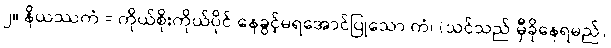
၂။ နိယဿကံ = ကိုယ်စိုးကိုယ်ပိုင် နေခွင့်မရအောင်ပြုသော ကံ၊ (သင်သည် မှီခိုနေရမည်)